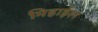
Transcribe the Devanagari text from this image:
मिहाईल